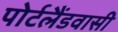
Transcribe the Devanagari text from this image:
पोर्टलैंडवासी